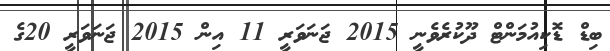
ބިޑް ޑޮކިއުމަންޓް ދޫކުރެވެނީ 2015 ޖަނަވަރީ 11 އިން 2015 ޖަނަވަރީ 20ގެ